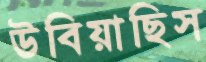
উবিয়াছিস